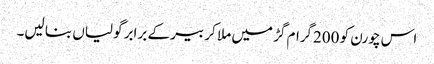
اس چورن کو 200گرام گڑ میں ملا کر بیر کے برابر گولیاں بنا لیں۔